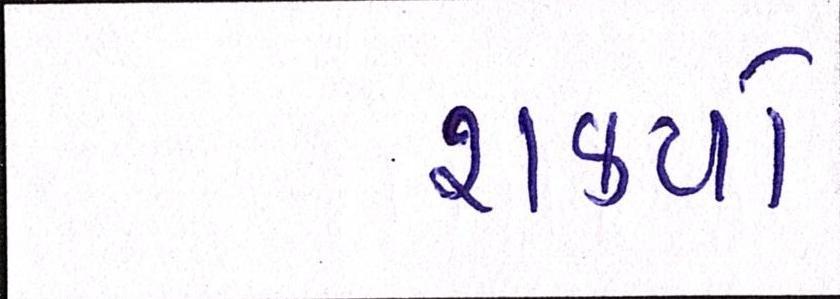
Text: શક્યો